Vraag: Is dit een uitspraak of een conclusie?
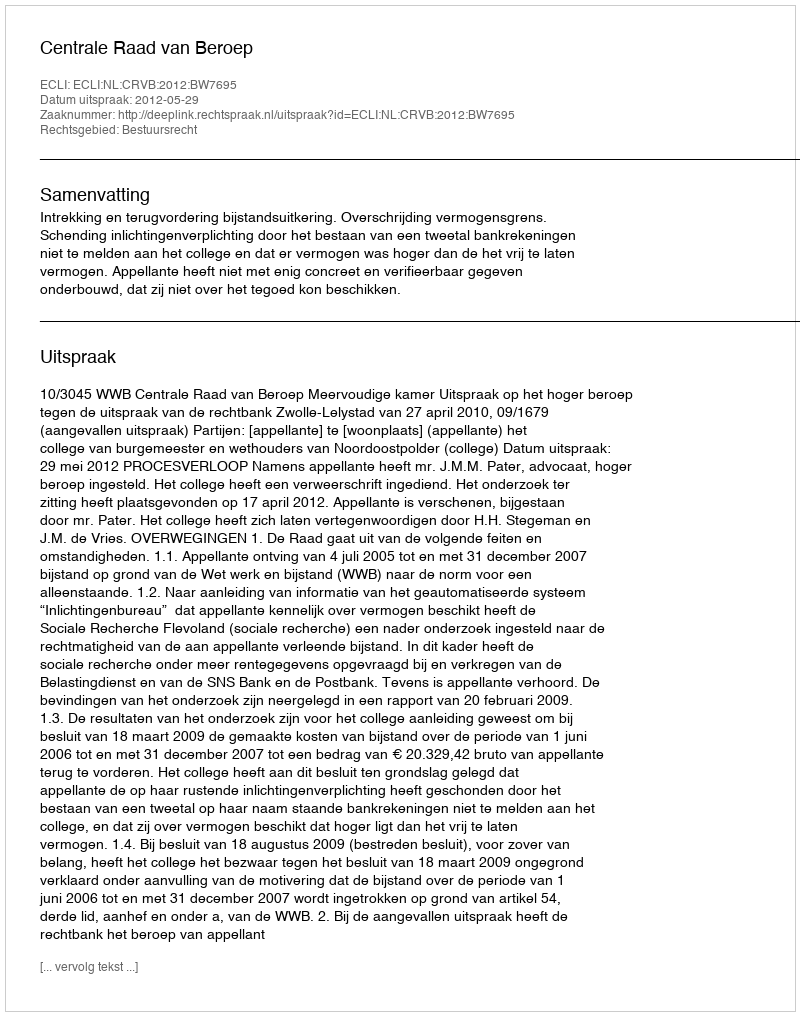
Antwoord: Uitspraak